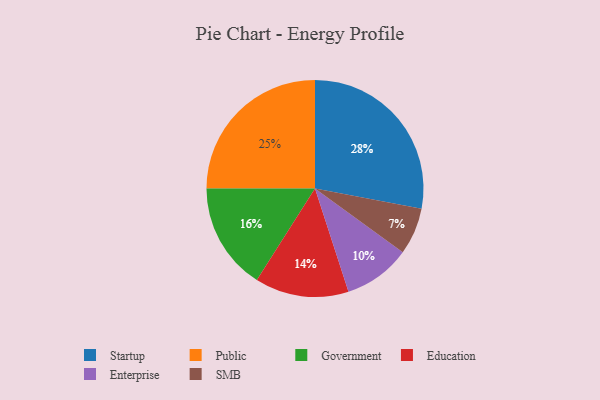
{"axis": {"x": "Category", "y": "Percentage"}, "legend": ["Education", "Enterprise", "Government", "Public", "SMB", "Startup"], "data": [{"x": "Startup", "y": 28, "type": "Startup"}, {"x": "Government", "y": 16, "type": "Government"}, {"x": "Enterprise", "y": 10, "type": "Enterprise"}, {"x": "Public", "y": 25, "type": "Public"}, {"x": "Education", "y": 14, "type": "Education"}, {"x": "SMB", "y": 7, "type": "SMB"}]}